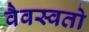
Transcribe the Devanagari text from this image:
वैवस्वतो